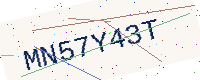
Text: MN57Y43T